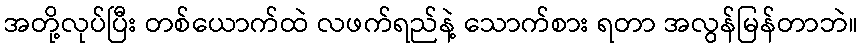
အတို့လုပ်ပြီး တစ်ယောက်ထဲ လဖက်ရည်နဲ့ သောက်စား ရတာ အလွန်မြန်တာဘဲ။